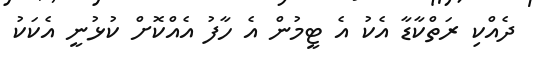
ދެއްކި ރަތްކާޑާ އެކު އެ ޓީމުން އެ ހާފު އެއްކޮށް ކުޅުނީ އެކަކު